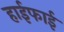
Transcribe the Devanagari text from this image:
हाईफाई